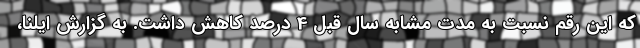
که این رقم نسبت به مدت مشابه سال قبل 4 درصد کاهش داشت. به گزارش ایلنا،